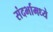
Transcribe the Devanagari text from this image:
संदर्भामध्ये